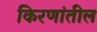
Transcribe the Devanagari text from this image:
किरणांतील